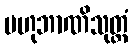
ဗဟုဘာဏိသုတ္တံ